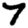
Digit: 7